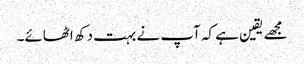
مجھے یقین ہے کہ آپ نے بہت دکھ اٹھائے۔